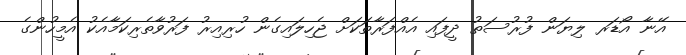
އޭނާ އޯޑަރ ލިޔަން ފުރުސަތު ދީފައި އެއްފަރާތަކަށް ޖެހިލައިގެން ހުރިއިރު ފަރުވާތެރިކަމާއެކު އެމީހުންގެ